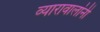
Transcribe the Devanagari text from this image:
व्यारावालांनी